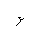
Letter: _waw